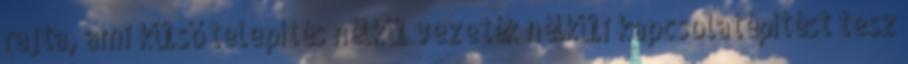
rajta, ami külső telepítés nélkül vezeték nélküli kapcsolatépítést tesz